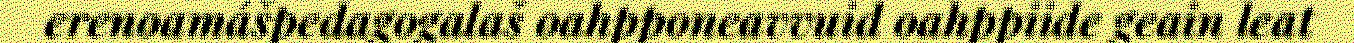
erenoamášpedagogalaš oahpponeavvuid oahppiide geain leat